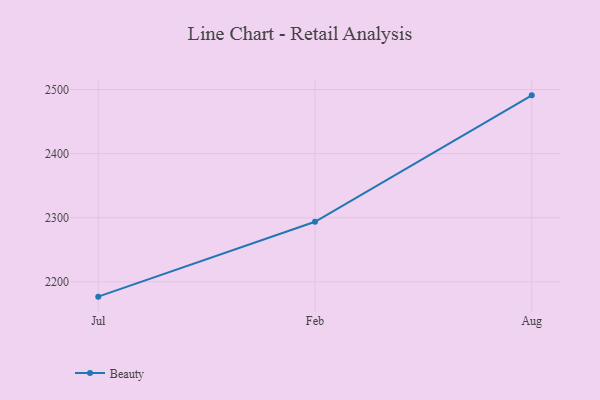
{"axis": {"x": "Month", "y": "Production Output"}, "legend": ["Beauty"], "data": [{"x": "Jul", "y": 2176.9, "type": "Beauty"}, {"x": "Feb", "y": 2293.7, "type": "Beauty"}, {"x": "Aug", "y": 2490.9, "type": "Beauty"}]}